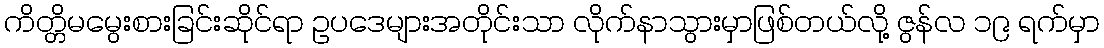
ကိတ္တိမမွေးစားခြင်းဆိုင်ရာ ဥပဒေများအတိုင်းသာ လိုက်နာသွားမှာဖြစ်တယ်လို့ ဇွန်လ ၁၉ ရက်မှာ